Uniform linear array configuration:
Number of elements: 4
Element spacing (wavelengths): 0.5
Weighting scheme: exponential
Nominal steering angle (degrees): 30
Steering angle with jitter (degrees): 31.086
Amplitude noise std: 0.05
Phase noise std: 0.05

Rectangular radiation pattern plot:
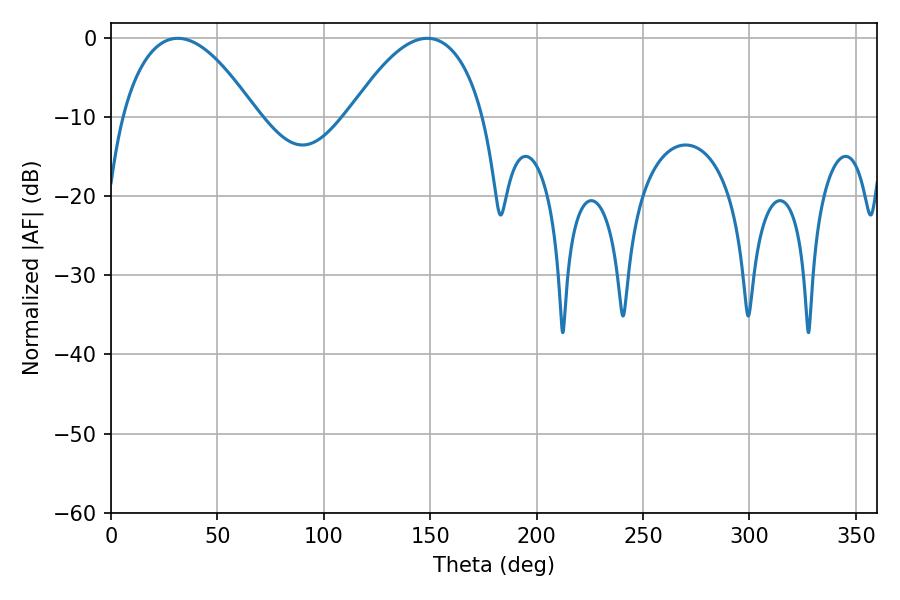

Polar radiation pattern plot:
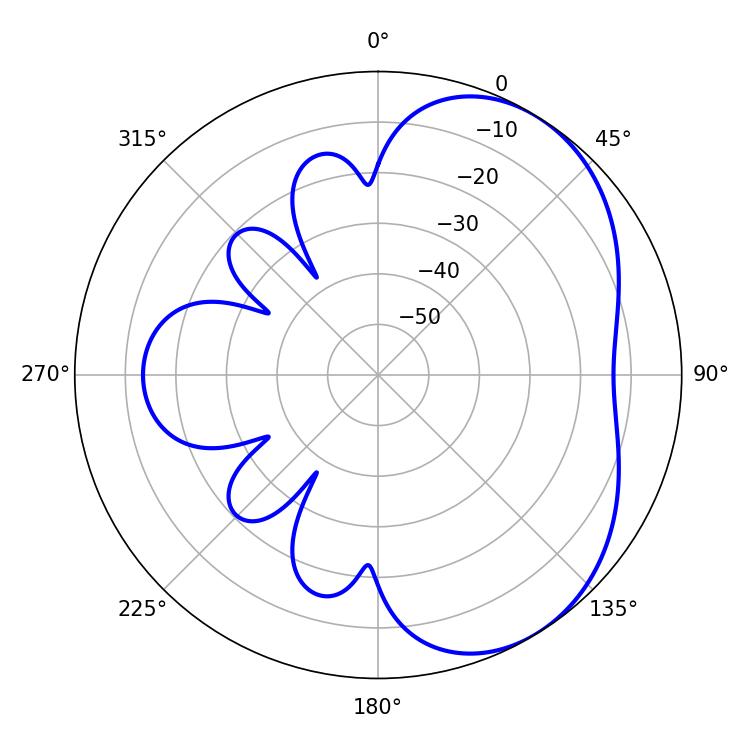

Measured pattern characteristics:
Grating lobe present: FALSE
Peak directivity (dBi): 4.44
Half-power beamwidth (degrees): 35.1
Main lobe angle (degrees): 31.32